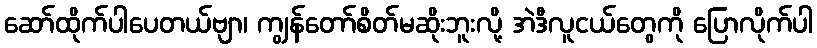
ဆော်ထိုက်ပါပေတယ်ဗျာ၊ ကျွန်တော်စိတ်မဆိုးဘူးလို့ အဲဒီလူငယ်တွေကို ပြောလိုက်ပါ